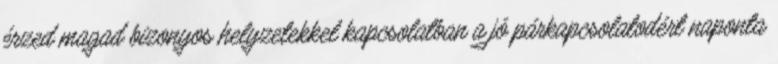
érzed magad bizonyos helyzetekkel kapcsolatban a jó párkapcsolatodért naponta